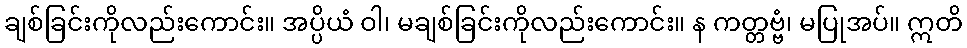
ချစ်ခြင်းကိုလည်းကောင်း။ အပ္ပိယံ ဝါ၊ မချစ်ခြင်းကိုလည်းကောင်း။ န ကတ္တဗ္ဗံ၊ မပြုအပ်။ ဣတိ